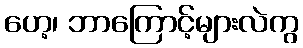
ဟေ့၊ ဘာကြောင့်များလဲကွ